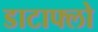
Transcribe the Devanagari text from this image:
डाटाफ्लो